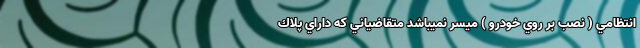
انتظامي ( نصب بر روي خودرو ) ميسر نميباشد متقاضياني كه داراي پلاك